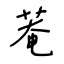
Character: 菴